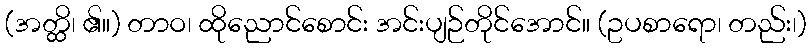
(အတ္ထိ၊ ၏။) တာဝ၊ ထိုညောင်စောင်း အင်းပျဉ်တိုင်အောင်။ (ဥပစာရော၊ တည်း၊)